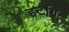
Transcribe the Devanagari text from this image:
हर्टाग